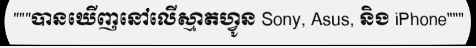
"""បានឃើញនៅលើស្មាតហ្វូន Sony, Asus, និង iPhone"""